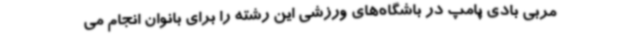
مربی بادی پامپ در باشگاه‌های ورزشی این رشته را برای بانوان انجام می